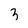
Character: 3